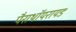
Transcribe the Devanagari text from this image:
पैराथॉयरायड